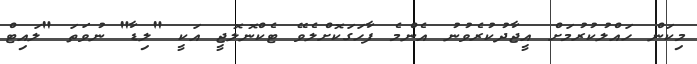
މިކަން ހައްލުކުރުމަށް އީޖާދުކުރެވުނު އެންމެ ފާހަގަކޮށްލެވޭ ޓެކްނޮލޮޖީ އަކީ "ލިޑާ" ނުވަތަ "ލައިޓް